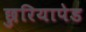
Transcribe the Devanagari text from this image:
छुरियापेड